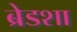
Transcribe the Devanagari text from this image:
ब्रेडशा